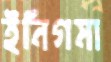
ইনিগমা